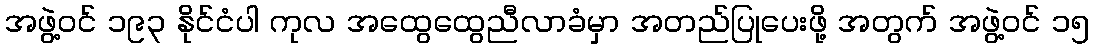
အဖွဲ့ဝင် ၁၉၃ နိုင်ငံပါ ကုလ အထွေထွေညီလာခံမှာ အတည်ပြုပေးဖို့ အတွက် အဖွဲ့ဝင် ၁၅